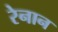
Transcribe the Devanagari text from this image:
रेनान